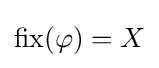
\operatorname {fix} (\varphi )=X